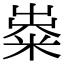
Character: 𥺋